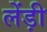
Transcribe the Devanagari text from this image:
लेंड़ी